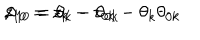
LaTeX: z _ { 1 0 } = z _ { k } - z _ { 0 k } - \theta _ { k } \theta _ { 0 k } \hspace { 1 c m } , \hspace { 1 c m } \theta _ { 1 0 } = \theta _ { k } - \theta _ { 0 k }